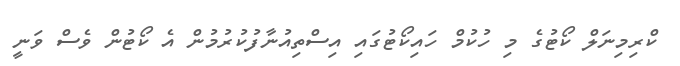
ކްރިމިނަލް ކޯޓުގެ މި ހުކުމް ހައިކޯޓުގައި އިސްތިއުނާފުކުރުމުން އެ ކޯޓުން ވެސް ވަނީ